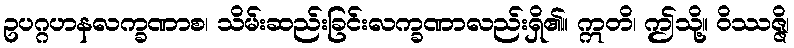
ဥပဂ္ဂဟနလက္ခဏာစ၊ သိမ်းဆည်းခြင်းလက္ခဏာလည်းရှိ၏။ ဣတိ၊ ဤသို့။ ဝိဿဇ္ဇိ၊